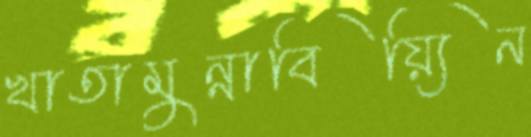
খাতামুন্নাবিয়্যিন